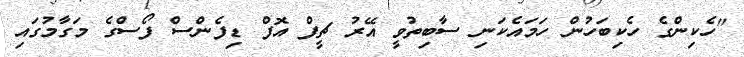
"ހެކިންގެ ހެކިބަހުން ހަމައެކަނި ސާބިތުވީ އޭރު ޗީފް އޮފް ޑިފެންސް ފޯސްގެ މަގާމުގައި